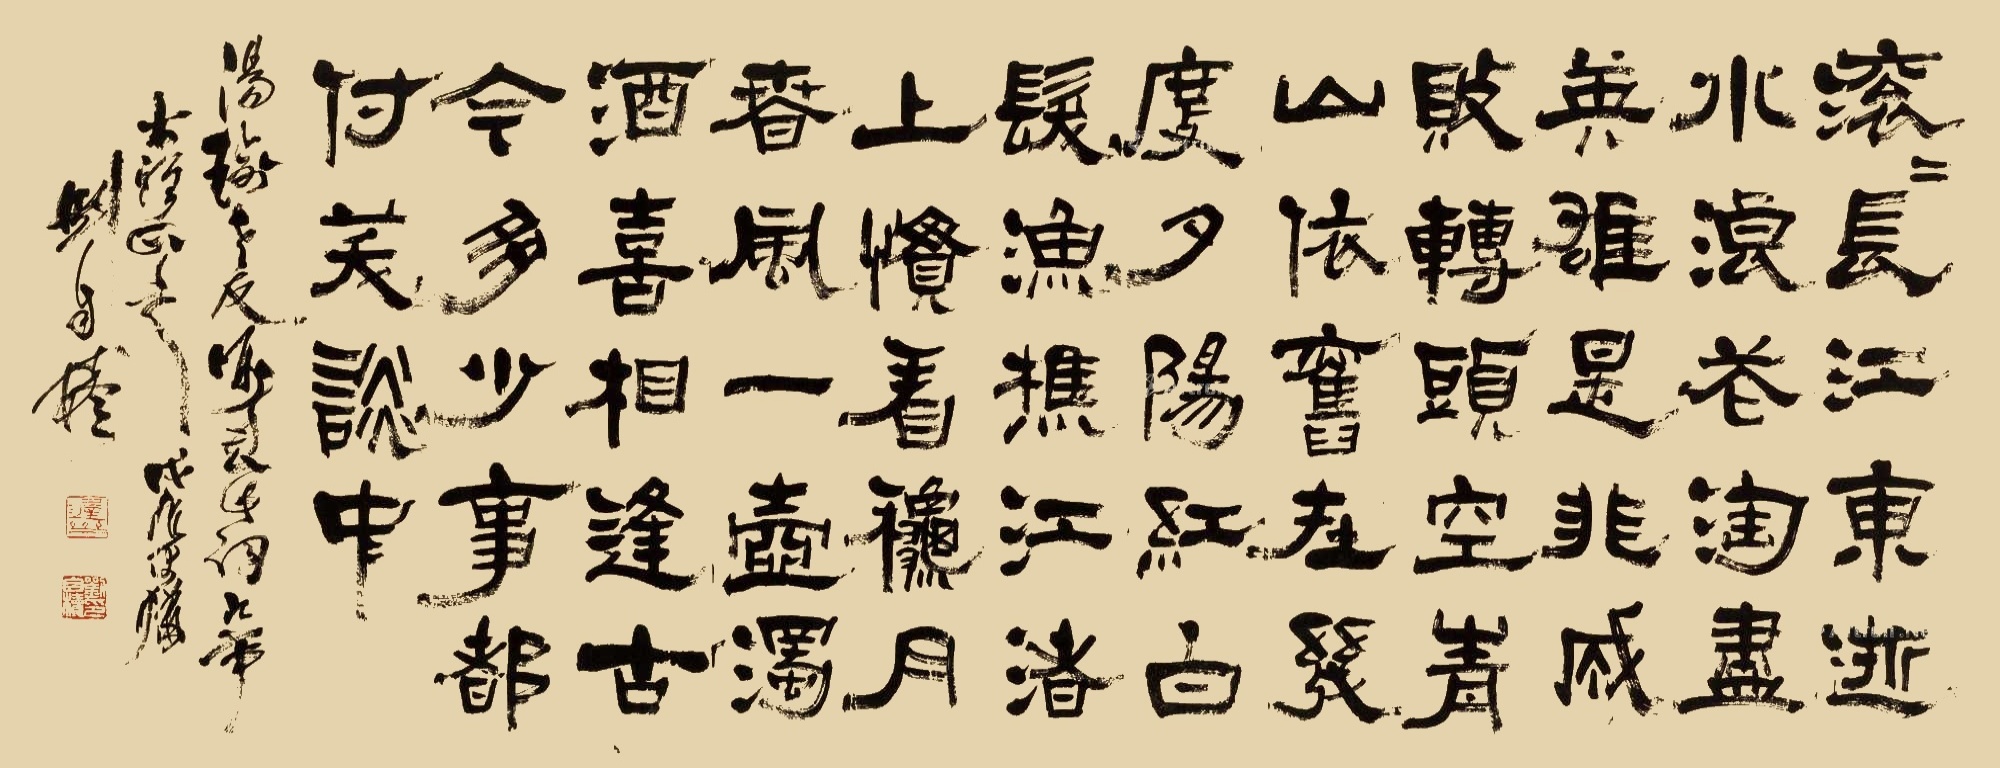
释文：滚滚长江东逝水，浪花淘尽英雄。是非成败转头空。青山依旧在，几度夕阳红。白发渔樵江渚上，惯看秋月春风。一壶浊酒喜相逢。古今多少事，都付笑谈中。汤瑜老友嘱书此词即席大雅正之，戊辰腊、刘自椟。